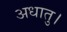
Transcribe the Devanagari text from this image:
अधातु।